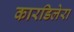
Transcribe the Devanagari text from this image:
कारडिलेरा